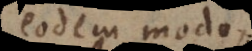
eodem modo,